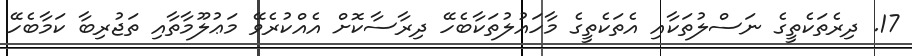
17. ދިރެތަކެތީގެ ނަސްލުތަކާއި އެތަކެތީގެ މާހައުލުތަކާބެހޭ ދިރާސާކޮށް އެއްކުރެވޭ މަޢުލޫމާތާއި ތަޖުރިބާ ކަމާބެހޭ